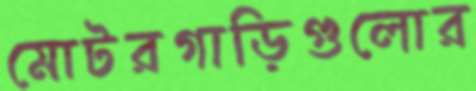
মোটরগাড়িগুলোর